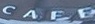
CAFE